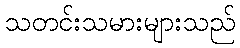
သတင်းသမားများသည်